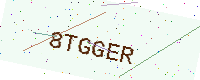
Text: 8TGGER